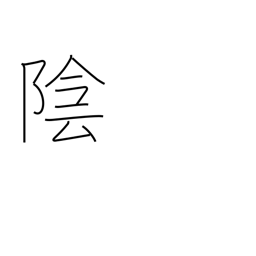
Meaning: negative